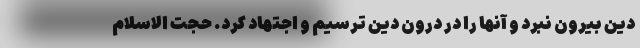
دین بیرون نبرد و آنها را در درون دین ترسیم و اجتهاد کرد. حجت الاسلام